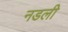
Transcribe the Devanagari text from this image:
नडली